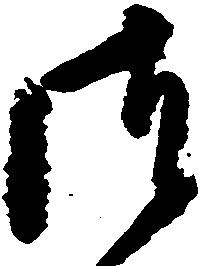
御